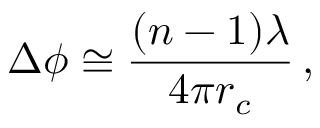
\Delta \phi \cong \frac { ( n - 1 ) \lambda } { 4 \pi r _ { c } } \, ,